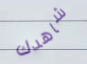
شاهدك